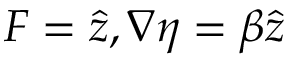
\boldsymbol { F } = \boldsymbol { \hat { z } } , \boldsymbol { \nabla } \eta = \beta \boldsymbol { \hat { z } }